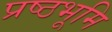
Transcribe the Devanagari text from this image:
प्रष्‍ठभूमि